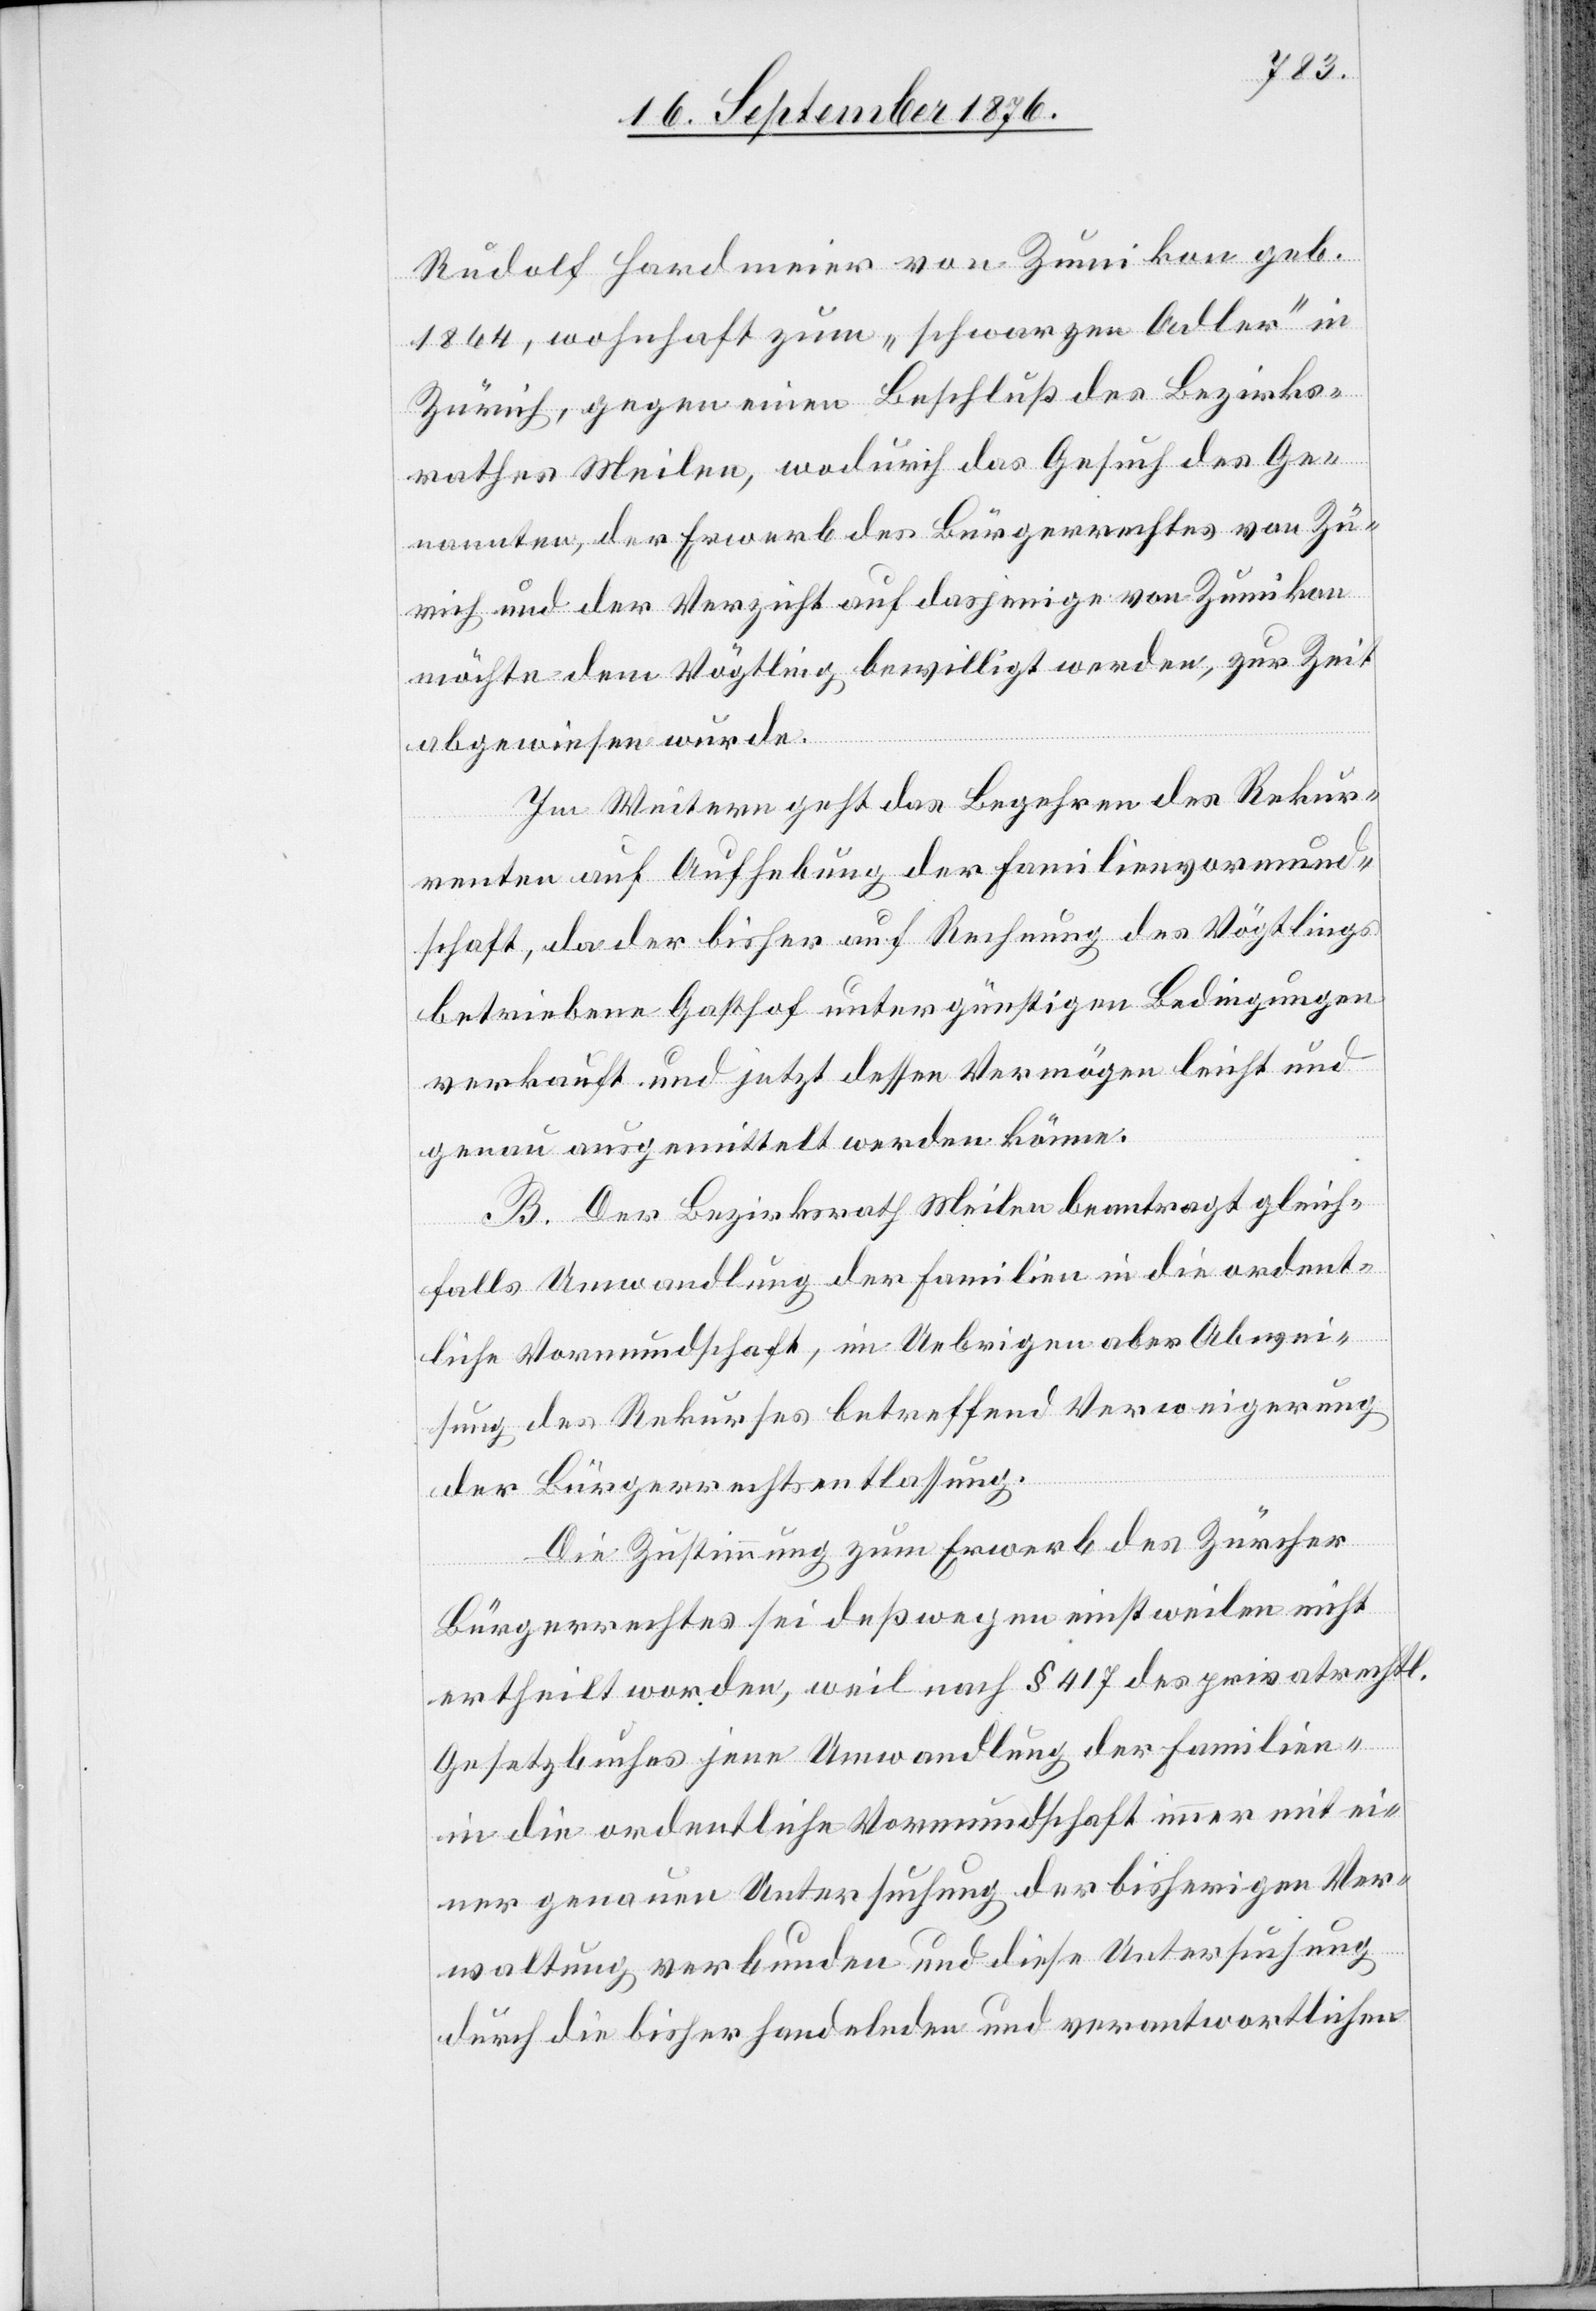
Rudolf Hardmeier von Zumikon geb.
1864, wohnhaft zum „schwarzen Adler“ in
Zürich, gegen einen Beschluß des Bezirks¬
rathes Meilen, wodurch das Gesuch des Ge¬
nannten, der Erwerb des Bürgerrechtes von Zü¬
rich und der Verzicht auf dasjenige von Zumikon
möchte dem Vögtling bewilligt werden, zur Zeit
abgewiesen wurde.
Im Weitern geht das Begehren des Rekur¬
renten auf Aufhebung der Familienvormund¬
schaft, da der bisher auf Rechnung des Vögtlings
betriebene Gasthof unter günstigen Bedingungen
verkauft und jetzt dessen Vermögen leicht und
genau ausgemittelt werden könne.
B. Der Bezirksrath Meilen beantragt gleich¬
falls Umwandlung der Familien in die ordent¬
liche Vormundschaft, im Uebrigen aber Abwei¬
sung des Rekurses betreffend Verweigerung
der Bürgerrechtsentlassung.
Die Zustimmung zum Erwerb des Zürcher
Bürgerrechtes sei deßwegen einstweilen nicht
ertheilt worden, weil nach § 417 des privatrechtl.
Gesetzbuches jene Umwandlung der Familien-
in die ordentliche Vormundschaft immer mit ei¬
ner genauen Untersuchung der bisherigen Ver¬
waltung verbunden und diese Untersuchung
durch die bisher handelnden und verantwortlichen